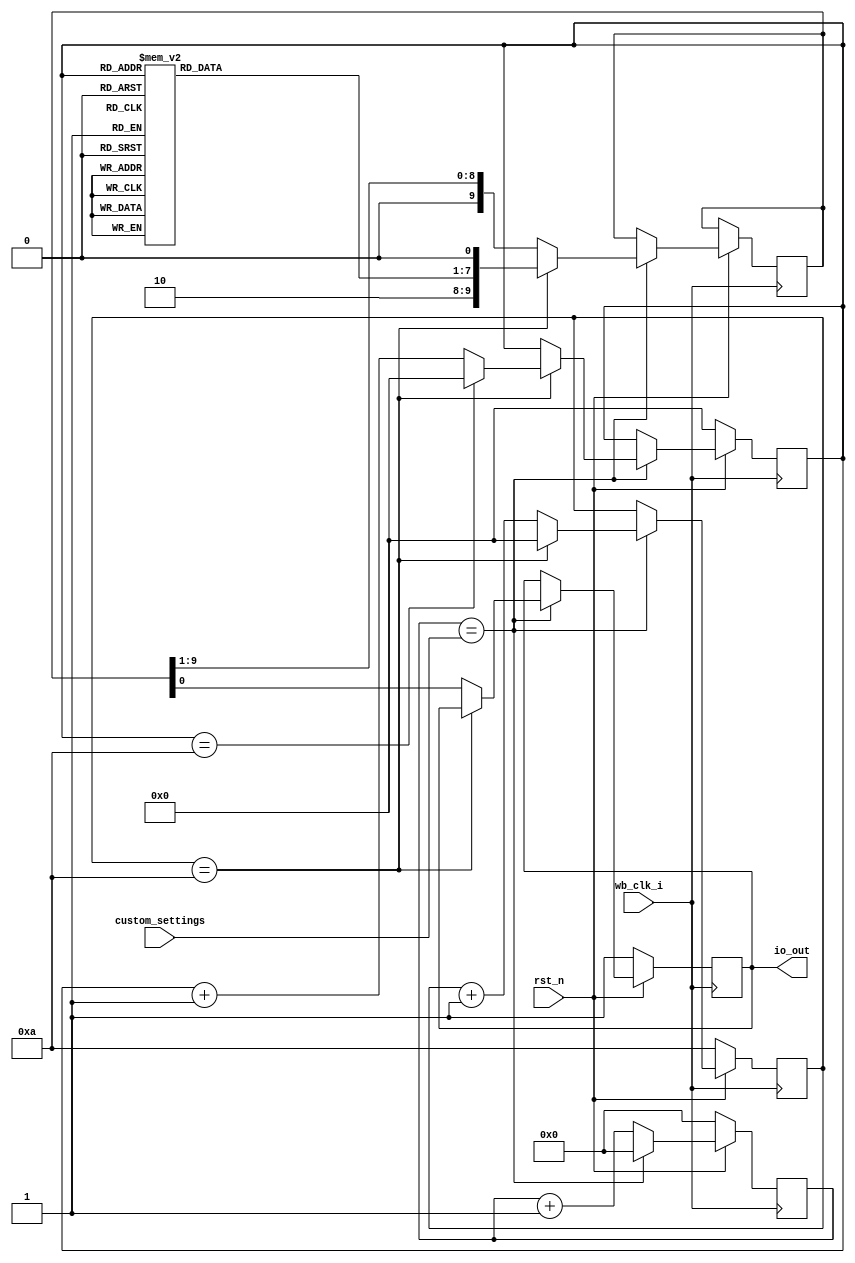
`default_nettype none

module hellorld(
`ifdef USE_POWER_PINS
	//Required for LVS check to pass
	inout vdd,
	inout vss,
`endif
	input wb_clk_i,
	input rst_n,
	output reg io_out, //Only one output required for this design
	input [11:0] custom_settings //Settable by the management controller over wishbone bus
);

reg [11:0] baud_delay;
reg [3:0] char_pointer;

reg [6:0] char_at;
always @(*) begin
	case(char_pointer)
		0: char_at = 7'h48;
		1: char_at = 7'h65;
		2: char_at = 7'h6C;
		3: char_at = 7'h6C;
		4: char_at = 7'h6F;
		5: char_at = 7'h72;
		6: char_at = 7'h6C;
		7: char_at = 7'h64;
		8: char_at = 7'h21;
		9: char_at = 13;
		10: char_at = 10;
		default: char_at = 7'h45;
	endcase
end

reg [9:0] uart_frame;
reg [3:0] frame_counter;

always @(posedge wb_clk_i) begin
	if(!rst_n) begin
		baud_delay <= 0;
		char_pointer <= 0;
		frame_counter <= 4'b1010;
		io_out <= 1'b1;
	end else begin
		baud_delay <= baud_delay + 1;
		if(baud_delay == custom_settings) begin
			baud_delay <= 0;
			if(frame_counter == 4'b1010) begin
				frame_counter <= 0;
				char_pointer <= char_pointer == 10 ? 0 : char_pointer + 1;
				uart_frame <= {1'b1, 1'b0, char_at, 1'b0};
			end else begin
				frame_counter <= frame_counter + 1;
				io_out <= uart_frame[0];
				uart_frame <= {1'b0, uart_frame[9:1]};
			end
		end
	end
end

endmodule